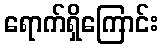
ရောက်ရှိကြောင်း